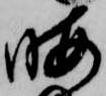
暇